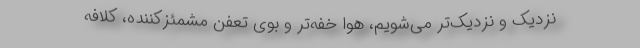
نزدیک و نزدیک‌تر می‌شویم، هوا خفه‌تر و بوی تعفن مشمئزکننده، کلافه